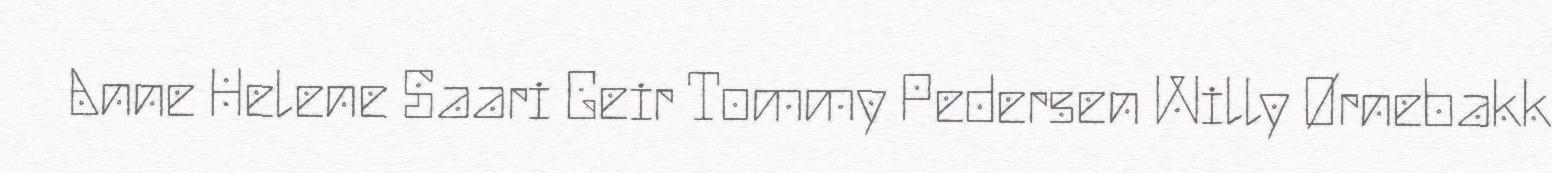
Anne Helene Saari Geir Tommy Pedersen Willy Ørnebakk